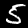
Label: 5